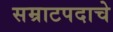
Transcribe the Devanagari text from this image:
सम्राटपदाचे